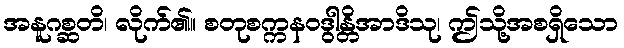
အနူဂစ္ဆတိ၊ လိုက်၏။ စတုစက္ကနဝဒွါန္တိအာဒိသု၊ ဤသို့အစရှိသော